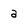
Character: a